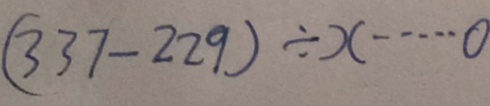
( 3 3 7 - 2 2 9 ) \div x \cdots 0